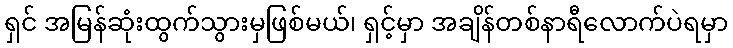
ရှင် အမြန်ဆုံးထွက်သွားမှဖြစ်မယ်၊ ရှင့်မှာ အချိန်တစ်နာရီလောက်ပဲရမှာ